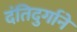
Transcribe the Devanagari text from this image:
दंतिदुर्गाने